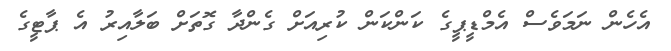
އެހެން ނަމަވެސް އެމްޑީޕީގެ ކަންކަން ކުރިއަށް ގެންދާ ގޮތަށް ބަލާއިރު އެ ޕާޓީގެ